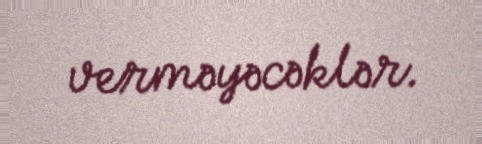
verməyəcəklər.